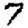
Digit: 7